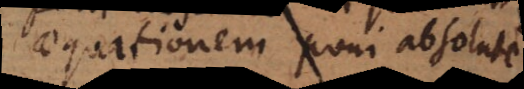
aequationem poni absolute